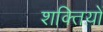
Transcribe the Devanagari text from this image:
शक्तिय़ों